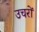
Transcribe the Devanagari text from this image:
उचरों